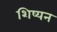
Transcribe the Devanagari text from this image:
शिष्यन